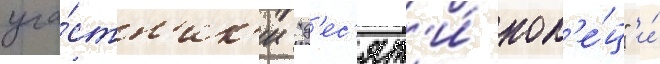
уча́стн'ик'и "д'ес'ят'и́ кол'е́ц" и́